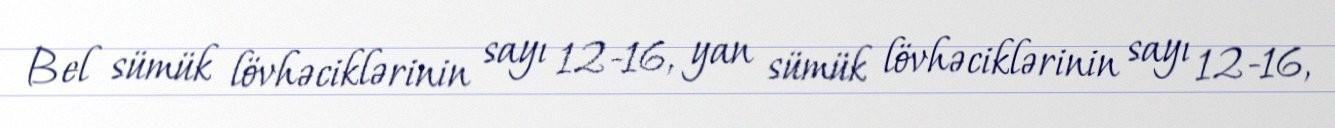
Bel sümük lövhəciklərinin sayı 12-16, yan sümük lövhəciklərinin sayı 12-16,